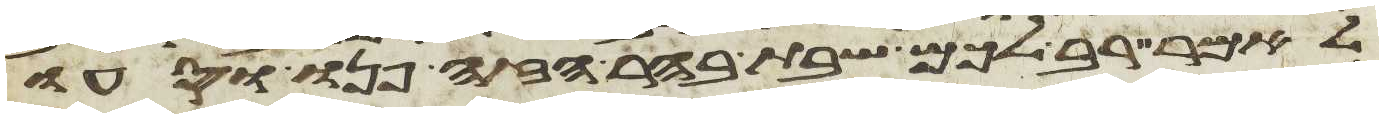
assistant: לאמר רב לכם שבת בהר הזה פנו וסעו